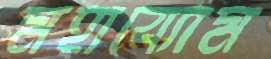
মহাব্যোম